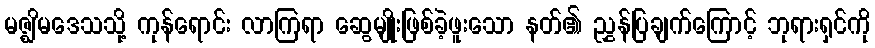
မဇ္ဈိမဒေသသို့ ကုန်ရောင်း လာကြရာ ဆွေမျိုးဖြစ်ခဲ့ဖူးသော နတ်၏ ညွှန်ပြချက်ကြောင့် ဘုရားရှင်ကို